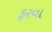
ફરવા